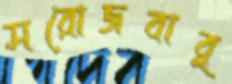
সরোজবাবু